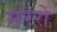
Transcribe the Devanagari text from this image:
मरेरो